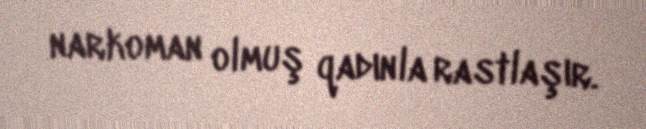
narkoman olmuş qadınla rastlaşır.